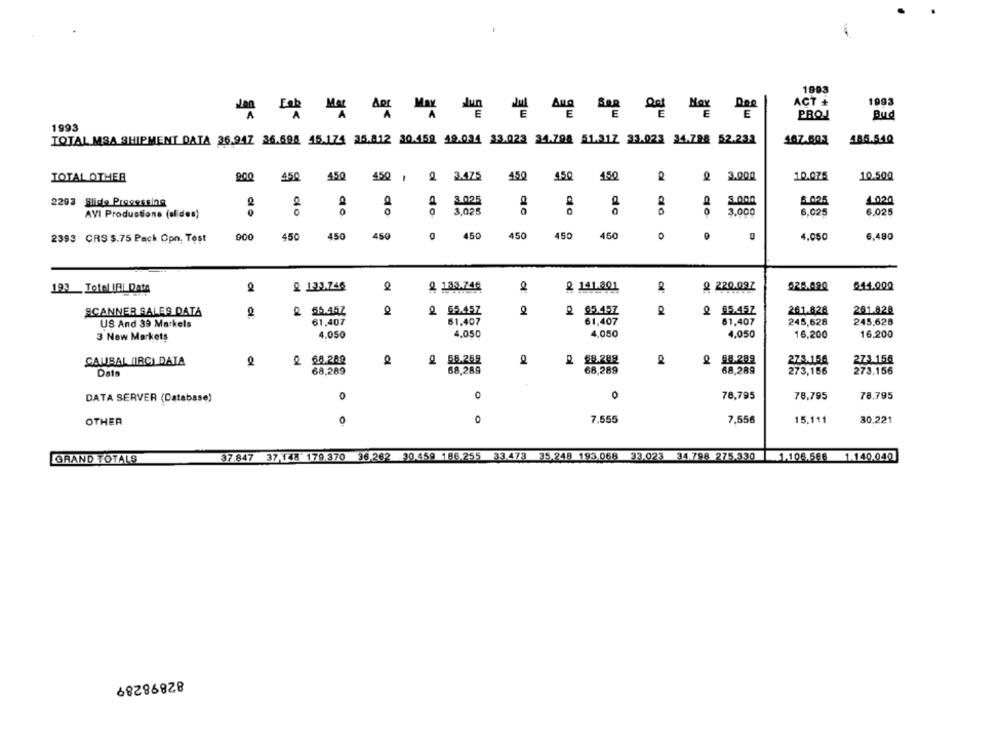
1993
ACT +
1993
- -----
PROJ
Bud
1993
TOTAL MSA SHIPMENT DATA 36.947 36.698 45.174 35.812 20.459 49.034 23.023 34.798 51.317 33.022 24.798 52.232
167.603
185.540
TOTAL OTHER
450
450
450
Q
3.475
450
450
450
3.000
10.075
10.500
2203 Slide Processing
3.025
3.000
6 025
1.020
2
AVI Productione (slides)
do
3.025
do
3.000
6,025
6.025
2393 CRS $.75 Pack Opn. Test
900
450
450
450
0
450
450
450
450
4.050
6,480
193 Total IBI Data
2 1:33.746
2 133.746
2 141.901
2 220.037
844.000
SCANNER SALES DATA
2 55.45Z
2 65.457
2 85.457
95.457
261.828
261.828
US And 39 Markels
61,407
61,407
61,407
61,407
245,628
245,628
4,050
4,050
4,050
16,200
16,200
3 New Markets
4,050
SAUSAL /IRC) DATA
2 68.248
2 55.259
2 88.288
2 98.289
273.150
273.150
Data
68,289
68,289
68,289
68,289
273,156
273.156
0
DATA SERVER (Database)
0
78,795
78,795
78.795
OTHER
O
7,555
7,556
15,111
30,221
GRAND TOTALS
37.847 37 148 179.370
36.262 30.459 186.255 33.473 35,248 193.068 33.023 34.798 275.330
1.106.586 1.140.040
82898289